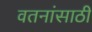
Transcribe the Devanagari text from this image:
वतनांसाठी